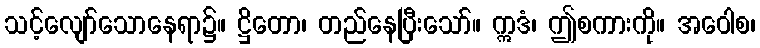
သင့်လျော်သောနေရာ၌။ ဋ္ဌိတော၊ တည်နေပြီးသော်။ ဣဒံ၊ ဤစကားကို။ အဝေါစ၊